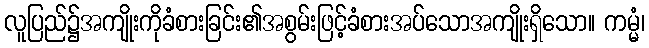
လူပြည်၌အကျိုးကိုခံစားခြင်း၏အစွမ်းဖြင့်ခံစားအပ်သောအကျိုးရှိသော။ ကမ္မံ၊